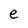
Character: e